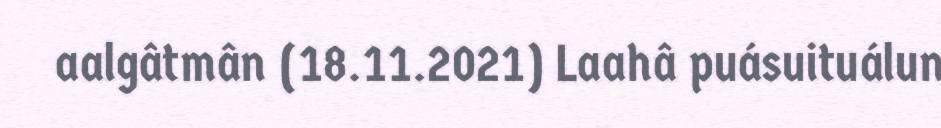
aalgâtmân (18.11.2021) Laahâ puásuituálun